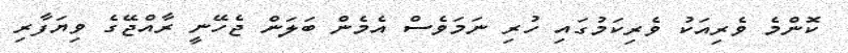
ކޮންމެ ވެރިއަކު ވެރިކަމުގައި ހުރި ނަމަވެސް އެމެން ބަލަން ޖެހޭނީ ރާއްޖޭގެ ވިޔަފާރި